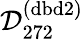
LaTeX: \mathcal{D}_{272}^{(\mathrm{dbd}2)}